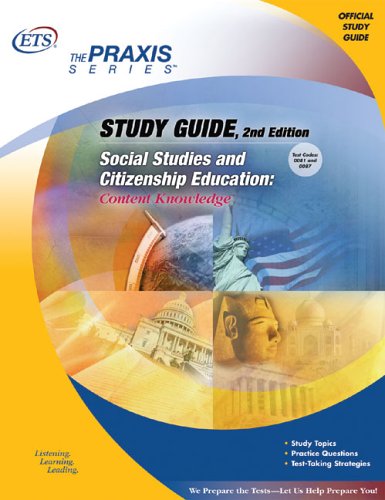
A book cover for Study Guide Social Studies and Citizenship Education: Content Knowledge (Praxis Study Guides); Educational Testing Service; Test Preparation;